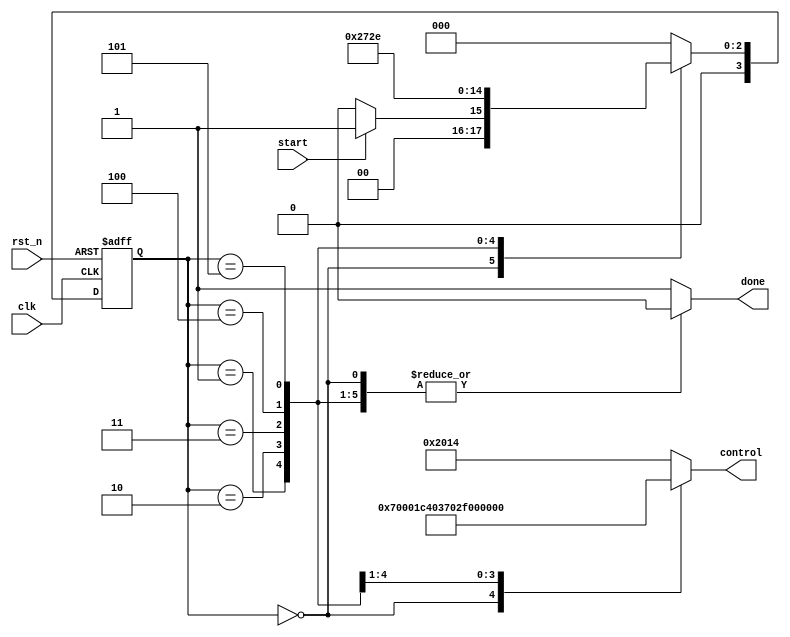
`timescale 1ns/1ps
`define bits 9
`define S0 4'b0000
`define S1 4'b0001
`define S2 4'b0010
`define S3 4'b0011
`define S4 4'b0100
`define S5 4'b0101
`define S6 4'b0110
module Controller ( start, rst_n, clk, done, control);
	input start, rst_n, clk;
	output reg done;
	output reg [14:0] control;
	reg [3:0] Current_State, Next_State;
	
	always @(posedge clk or negedge rst_n) begin
		if(!rst_n) Current_State <= `S0;
		else Current_State <= Next_State;
	end
	
	always @(Current_State or start)
	begin
		case (Current_State)
			`S0:
			begin
				control = 15'b1_1_1_0_0_0_0_0_00_0_0_0_0_0;
				done = 1'b0;
				if(~start) Next_State = `S0;
				else Next_State = `S1;
			end
			`S1:
			begin
				control = 15'b0_0_0_1_1_1_0_0_01_0_0_0_0_0;
				done = 1'b0;
				Next_State = `S2;
			end
			`S2:
			begin
				control = 15'b0_0_0_1_1_0_1_1_10_0_0_0_0_0;
				done = 1'b0;
				Next_State = `S3;
			end
			`S3:
			begin
				control = 15'b1_0_1_1_1_0_1_1_11_0_1_0_1_0;
				done = 1'b0;
				Next_State = `S4;
			end
			`S4:
			begin
				control = 15'b0_0_1_0_0_1_1_0_00_1_0_0_1_1;
				done = 1'b0;
				Next_State = `S5;
			end
			`S5:
			begin
				control = 15'b0_1_0_0_0_0_0_0_00_1_0_1_0_0;
				done = 1'b0;
				Next_State = `S6;
			end
			`S6:
			begin
				control = 15'b0_1_0_0_0_0_0_0_00_1_0_1_0_0;
				done = 1'b1;
				Next_State = `S0;
			end
			default:
			begin
				control= 15'b0_1_0_0_0_0_0_0_00_1_0_1_0_0;
				done = 1'b1;
				Next_State = `S0;
			end
		endcase
	end
endmodule